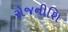
રોજનીશિ